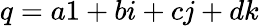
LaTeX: q=a1+bi+cj+dk